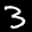
Label: 3